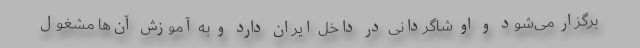
برگزار می‌شود و او شاگردانی در داخل ایران دارد و به آموزش آن‌ها مشغول